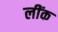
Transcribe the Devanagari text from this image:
लींक